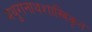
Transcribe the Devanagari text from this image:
मथुरानाथशास्त्रिकृत